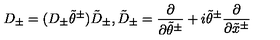
D _ { \pm } = ( D _ { \pm } \tilde { \theta } ^ { \pm } ) \tilde { D } _ { \pm } , \tilde { D } _ { \pm } = \frac { \partial } { \partial \tilde { \theta } ^ { \pm } } + i \tilde { \theta } ^ { \pm } \frac { \partial } { \partial \tilde { x } ^ { \pm } }